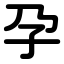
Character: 孕